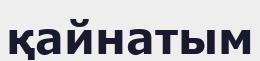
қайнатым